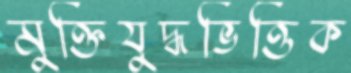
মুক্তিযুদ্ধভিত্তিক